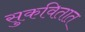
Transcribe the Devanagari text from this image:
सुकवितात